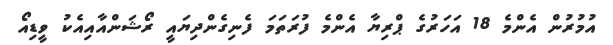
އުމުރުން އެންމެ 18 އަހަރުގެ ޕްރިޔާ އެންމެ ފުރަތަމަ ފެނިގެންދިޔައީ ރޯޝަންއާއިއެކު ވީޑިއޯ